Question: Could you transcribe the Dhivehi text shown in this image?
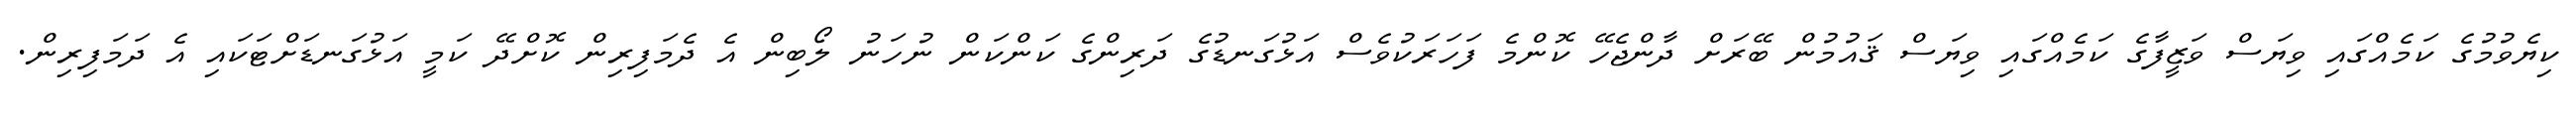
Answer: ކިޔެވުމުގެ ކަމެއްގައި ވިޔަސް ވަޒީފާގެ ކަމެއްގައި ވިޔަސް ޤައުމުން ބޭރަށް ދާންޖެހޭ ކޮންމެ ފަހަރަކުވެސް އަޅުގަނޑުގެ ދަރިންގެ ކަންކަން ނުހަނު ލޯބިން އެ ދެމަފިރިން ކޮށްދޭ ކަމީ އަޅުގަނޑަށްޓަކައި އެ ދަމަފިރިން.